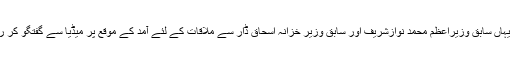
وہ ہفتہ کو یہاں سابق وزیراعظم محمد نوازشریف اور سابق وزیر خزانہ اسحاق ڈار سے ملاقات کے لئے آمد کے موقع پر میڈیا سے گفتگو کر رہے تھے ۔